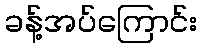
ခန့်အပ်ကြောင်း